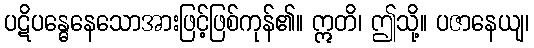
ပဋိပန္ဓေနေသောအားဖြင့်ဖြစ်ကုန်၏။ ဣတိ၊ ဤသို့။ ပဇာနေယျ၊